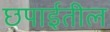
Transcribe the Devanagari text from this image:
छपाईतील